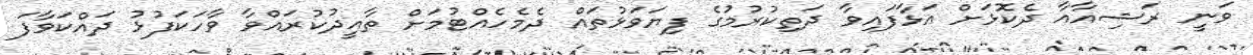
ވަނީ ރަޝިއާއާ ދެކޮޅަށް އަޅާފައިވާ ދަތިކުރުމުގެ ފިޔަވަޅުތައް ދެމެހެއްޓުމަށް ތާއީދުކުރައްވާ ވާހަކަފުޅު ދައްކަވާފަ